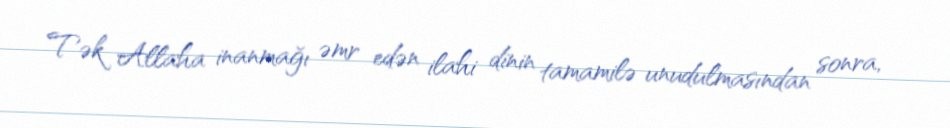
Tək Allaha inanmağı əmr edən ilahi dinin tamamilə unudulmasından sonra,